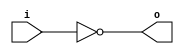
module invert (input wire i, output wire o);
  assign o = !i;
endmodule

module and2 (input wire i0, i1, output wire o);
  assign o = i0 & i1;
endmodule

module or2 (input wire i0, i1, output wire o);
  assign o = i0 | i1;
endmodule

module or3 (input wire i0, i1, i2, output wire o);
  wire t;
  or2 or2_0 (i0, i1, t);
  or2 or2_1 (i2, t, o);
endmodule

module xor2 (input wire i0, i1, output wire o);
  assign o = i0 ^ i1;
endmodule

module xor3 (input wire i0, i1, i2, output wire o);
  wire t;
  xor2 xor2_0 (i0, i1, t);
  xor2 xor2_1 (i2, t, o);
endmodule

module mux2 (input wire i0, i1, j, output wire o);
  assign o = (j==0)?i0:i1;
endmodule

module df (input wire clk, in, output wire out);
  reg df_out;
  always@(posedge clk) df_out <= in;
  assign out = df_out;
endmodule

module dfr (input wire clk, reset, in, output wire out);
  wire reset_, df_in;
  invert invert_0 (reset, reset_);
  and2 and2_0 (in, reset_, df_in);
  df df_0 (clk, df_in, out);
endmodule

module dfrl (input wire clk, reset, load, in, output wire out);
wire _in;
  mux2 mux2_0(out, in, load, _in);
  dfr dfr_1(clk, reset, _in, out);
endmodule

module fulladder (input wire i0, i1, cin, output wire sum, cout); // 1 bit full adder
wire t0, t1, t2;
  xor3 _i0 (i0, i1, cin, sum);
  and2 _i1 (i0, i1, t0);
  and2 _i2 (i1, cin, t1);
  and2 _i3 (cin, i0, t2);
  or3 _i4 (t0, t1, t2, cout);
endmodule

module shift_ff(input wire clk, reset, shift, prev_dff, d_in, output wire q);
  mux2 m(d_in, prev_dff, shift, in); // To select between shift and load operations
  dfrl ff(clk, reset, 1'b1, in, q);
endmodule

module shift_register(input wire clk, reset, load, input wire [15:0] in, 
                      output wire out_bit, output wire [15:0] contents);
// This is a module for one shift register, i.e a collection of 16 D-Flip Flops
// Loads data parallely and on each clock cycle shifts the data by one bit
// load is used to identify whether data is being loaded into the register or a shift should occur
// out_bit is the least significant bit of the the register that is used by the full adder to perform addition
wire shift; // This will be the inverse of the load input
wire intermediate[14:0]; 
  invert n1 (load, shift);
  shift_ff d1(clk, reset, shift, 1'b0, in[15], intermediate[14]);
  shift_ff d2(clk, reset, shift, intermediate[14], in[14], intermediate[13]);
  shift_ff d3(clk, reset, shift, intermediate[13], in[13], intermediate[12]);
  shift_ff d4(clk, reset, shift, intermediate[12], in[12], intermediate[11]);
  shift_ff d5(clk, reset, shift, intermediate[11], in[11], intermediate[10]);
  shift_ff d6(clk, reset, shift, intermediate[10], in[10], intermediate[9]);
  shift_ff d7(clk, reset, shift, intermediate[9], in[9], intermediate[8]);
  shift_ff d8(clk, reset, shift, intermediate[8], in[8], intermediate[7]);
  shift_ff d9(clk, reset, shift, intermediate[7], in[7], intermediate[6]);
  shift_ff d10(clk, reset, shift, intermediate[6], in[6], intermediate[5]);
  shift_ff d11(clk, reset, shift, intermediate[5], in[5], intermediate[4]);
  shift_ff d12(clk, reset, shift, intermediate[4], in[4], intermediate[3]);
  shift_ff d13(clk, reset, shift, intermediate[3], in[3], intermediate[2]);
  shift_ff d14(clk, reset, shift, intermediate[2], in[2], intermediate[1]);
  shift_ff d15(clk, reset, shift, intermediate[1], in[1], intermediate[0]);
  shift_ff d16(clk, reset, shift, intermediate[0], in[0], out_bit);
  assign contents = {intermediate[14], intermediate[13], intermediate[12], intermediate[11], intermediate[10], intermediate[9], 
                     intermediate[8], intermediate[7], intermediate[6], intermediate[5], intermediate[4], intermediate[3], 
                     intermediate[2], intermediate[1], intermediate[0], out_bit};
endmodule

module shift_resgister_out(input wire clk, reset, in1, output wire [15:0] sum);
// This register is used to store the sum output
// in1 is the input bit received from the sum output of the fulladder
wire intermediate[14:0];  
  dfrl d1(clk, reset, 1'b1, in1, intermediate[14]);
  dfrl d2(clk, reset, 1'b1, intermediate[14], intermediate[13]);
  dfrl d3(clk, reset, 1'b1, intermediate[13], intermediate[12]);
  dfrl d4(clk, reset, 1'b1, intermediate[12], intermediate[11]);
  dfrl d5(clk, reset, 1'b1, intermediate[11], intermediate[10]);
  dfrl d6(clk, reset, 1'b1, intermediate[10], intermediate[9]);
  dfrl d7(clk, reset, 1'b1, intermediate[9], intermediate[8]);
  dfrl d8(clk, reset, 1'b1, intermediate[8], intermediate[7]);
  dfrl d9(clk, reset, 1'b1, intermediate[7], intermediate[6]);
  dfrl d10(clk, reset, 1'b1, intermediate[6], intermediate[5]);
  dfrl d11(clk, reset, 1'b1, intermediate[5], intermediate[4]);
  dfrl d12(clk, reset, 1'b1, intermediate[4], intermediate[3]);
  dfrl d13(clk, reset, 1'b1, intermediate[3], intermediate[2]);
  dfrl d14(clk, reset, 1'b1, intermediate[2], intermediate[1]);
  dfrl d15(clk, reset, 1'b1, intermediate[1], intermediate[0]);
  assign sum = {in1, intermediate[14], intermediate[13], intermediate[12], intermediate[11], intermediate[10],
                intermediate[9], intermediate[8], intermediate[7], intermediate[6], intermediate[5], 
                intermediate[4], intermediate[3], intermediate[2], intermediate[1], intermediate[0]};
endmodule

module shift_adder (input wire clk, reset, load, input wire [15:0] a, b, 
                    output wire [15:0] contents_a, contents_b, op, output wire carry);
// This is the serial shift adder module
// It takes two 16 bit numbers a and b as input and loads them to the shift registers a and b  
// Their content is monitored using the output wires contents_a and contents_b respectively
// op is the output shift register where the output gets stored
// The full adder adds the LSBs of a and b at every clock cycle and pushes it onto the output shift register
// A DFF is used to hold the carry generated by the fulladder and this is fed back to the fulladder in the next clock cycle
  wire t1, t2, fa_out, cin, cout;
  shift_register a0(clk, reset, load, a, t1, contents_a);
  shift_register b0(clk, reset, load, b, t2, contents_b);
  fulladder fa(t1, t2, cin, fa_out, cout);
  dfrl carry_hold(clk, reset, 1'b1, cout, cin); // This DFF will hold the carry to be used by the full adder in the next clock cycle
  shift_resgister_out ans(clk, reset, fa_out, op);
  assign carry = cout;
endmodule